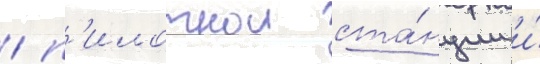
/ п'илотнои ста́нции и́